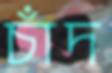
চাঁদ